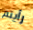
رأيتم